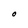
Character: O